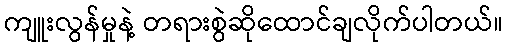
ကျူးလွန်မှုနဲ့ တရားစွဲဆိုထောင်ချလိုက်ပါတယ်။